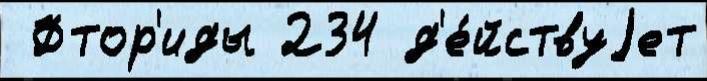
 Фтор'иды 234 д'е́йствуjет